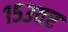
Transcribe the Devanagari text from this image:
१५३वर